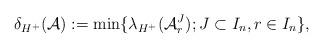
LaTeX: \begin{align*}\delta_{H^+}(\mathcal{A}) := \min\{\lambda_{H^+}(\mathcal{A}_r^J); J\subset I_n, r\in I_n\},\end{align*}